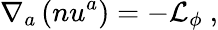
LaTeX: \nabla_{a}\left(nu^{a}\right)=-\mathcal{L}_{\phi}~,